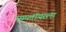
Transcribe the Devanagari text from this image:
एम्प्लॉयरला